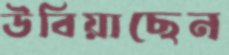
উবিয়াছেন